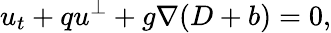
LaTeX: u_{t}+qu^{\perp}+g\nabla(D+b)=0,